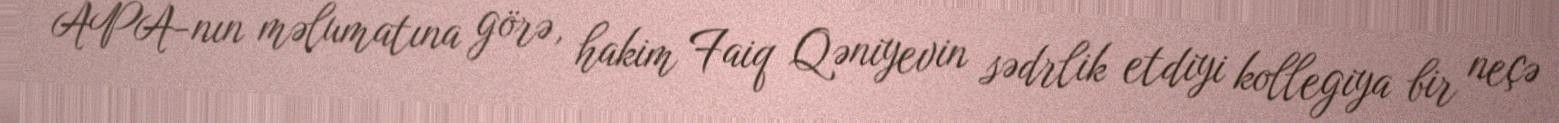
APA-nın məlumatına görə, hakim Faiq Qəniyevin sədrlik etdiyi kollegiya bir neçə